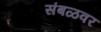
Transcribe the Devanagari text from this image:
संबळवर